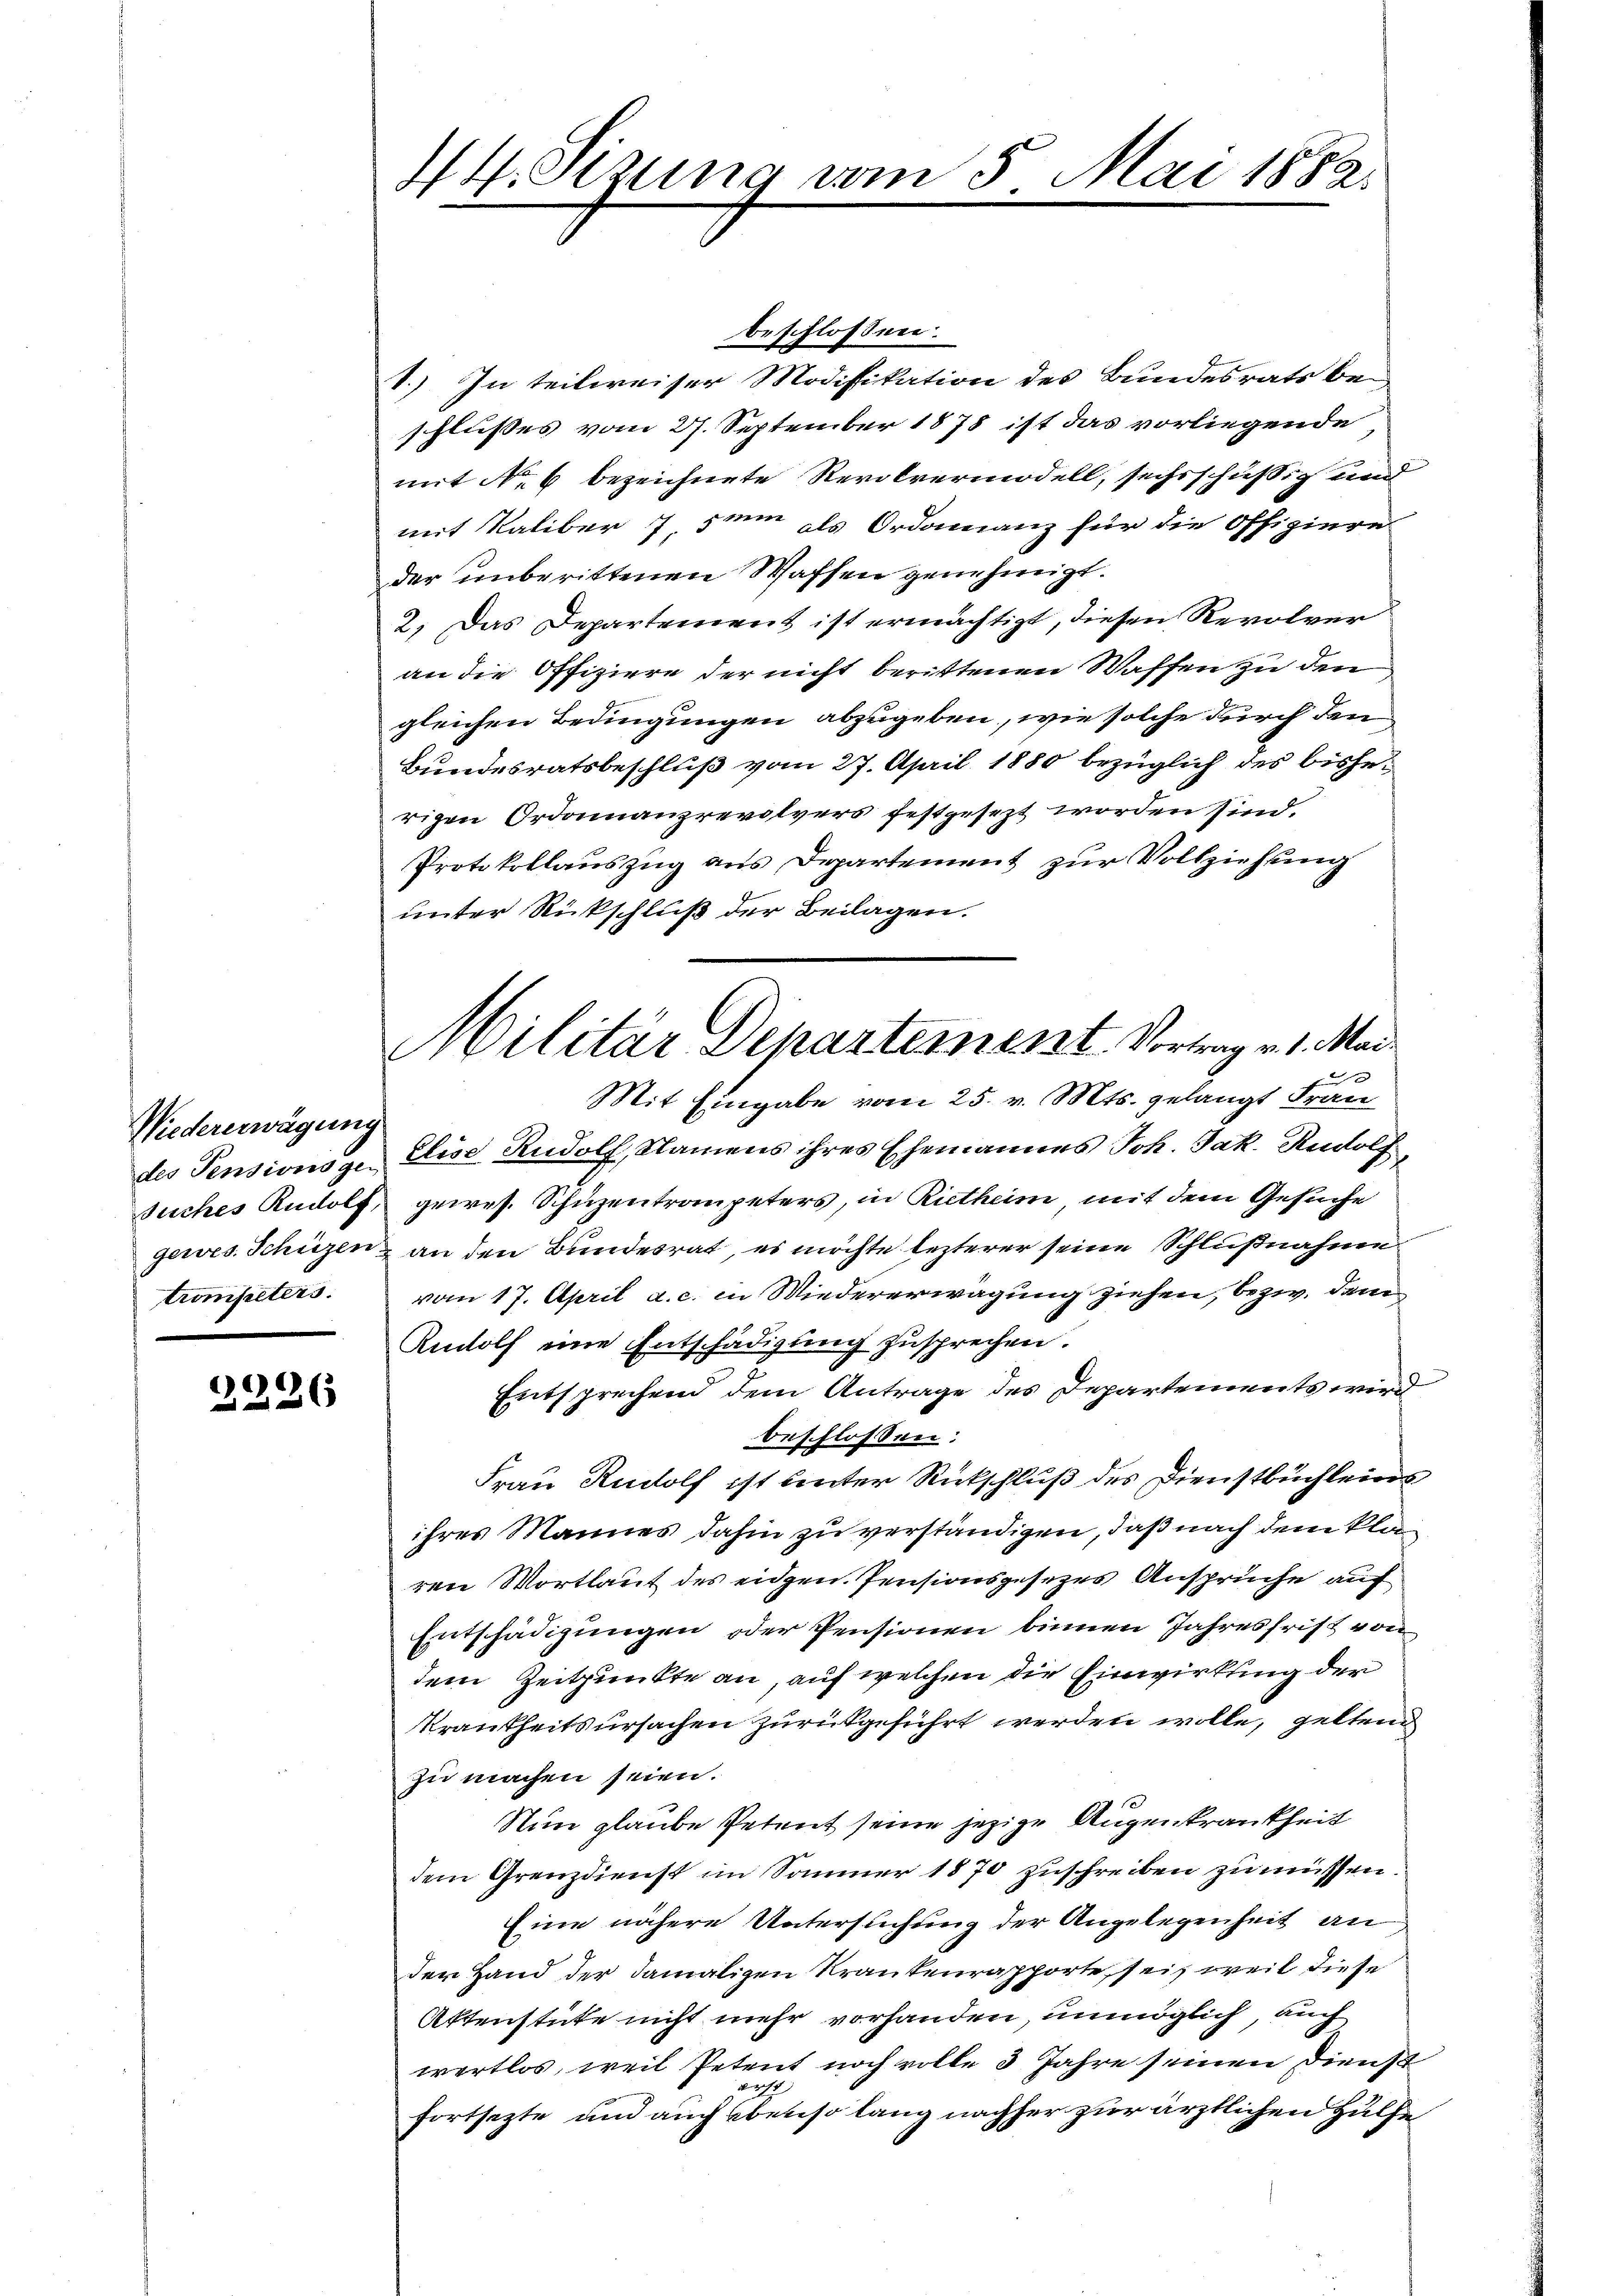
Wiedererwägung
trompeters.

2226

44 sizung vom 5. Mai 1882.

beschlossen:
1.) In teilweiser Modifikation des Bundesrats be-
schlußes vom 27. September 1878 ist das vorliegende
mit No 6 bezeichnete Revolvermodell, sechsschüssig und
mit Kaliber 7 sein als Ordonanz für die Offiziere
der unberittenen Waffen genehmigt.
2. Das Departement ist ermächtigt, diesen Revolver
an die Offiziere der nicht berittenen Waffen zu den
gleichen Bedingungen abzugeben, wie solche durch den
Bundesratsbeschluß vom 27. April 1880 bezüglich des bisherigen Ordonnanzrevolvers festgesezt worden sind.
Protokollauszug aus Departement zur Vollziehung
unter Rückschluß der Beilagen.
des Pensionsge- Elise Rudolf, Namens ihres Ehemannes Joh. Jak. Rudolf
Suches Rudolf, gewes. Schuzentrompeters, in Rietheim, mit dem Gesuche
gewes. Schüzen an den Bundesrat, es möchte lezterer seine Schlußnahme
vom 17. April a. c. in Wiedererwägung ziehen, bezw. dem
Rudolf eine Entschädigung zusprechen.
Entsprechend dem Antrage des Departements wird
beschlossen:
Frau Rudolf ist unter Rückschluß des Dienstbüchleins
ihres Mannes dahin zu verständigen, daß nach dem Plaren Wortlaut des eidgen. Pensionsgesezes Ansprüche auf
Entschädigungen oder Pensionen binnen Jahresfrist von
dem Zeitpunkte an, auf welchen die Einwirkung der
Krankheitsursachen zurückgeführt werden wolle, gelten
zu machen seien.
Nun glaube Petent seine jezige Augenkrankheit
dem Grenz dienst im Sommer 1870 zuschreiben zu müssen.
Eine nähere Untersuchung der Angelegenheit an
der Hand der damaligen Krankenrapporte, sei, weil diese
Aktenstute nicht mehr vorhanden, unmöglich, auch
wertlos, weil Petent noch volle 3 Jahre seinen Dienst
fortsetzte und auch ebenso lang nachher zur ärztlichen Hülfe

Militär Departement. Vortrag v. 1. Mai.
Mit Eingabe vom 25. v. Mts. gelangt Fran